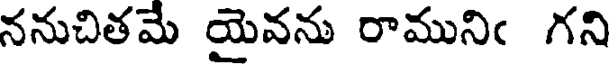
ననుచితమే యైవను రామునిఁ గని